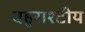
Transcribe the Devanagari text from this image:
बहुराश्टीय